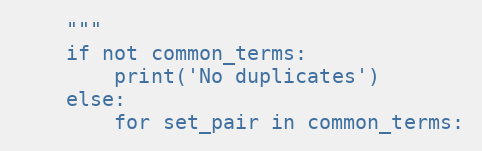
Language: Python
    """
    if not common_terms:
        print('No duplicates')
    else:
        for set_pair in common_terms: